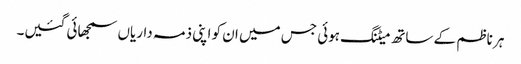
ہر ناظم کے ساتھ میٹنگ ہوئی جس میں ان کو اپنی ذمہ داریاں سمجھائی گئیں۔